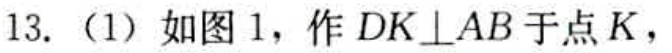
13.（1）如图1，作 \(DK\perp AB\) 于点 \(K\)，